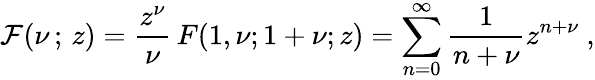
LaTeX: {\cal F}(\nu\, ;\, z)=\frac{z^{\nu}}{\nu}\, F(1,\nu;1+\nu;z)=\sum_{n=0}^{\infty}\frac{1}{n+\nu}z^{n+\nu}~,